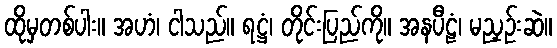
ထိုမှတစ်ပါး။ အဟံ၊ ငါသည်။ ရဋ္ဌံ၊ တိုင်းပြည်ကို။ အနပီဠံ၊ မညှဉ်းဆဲ။